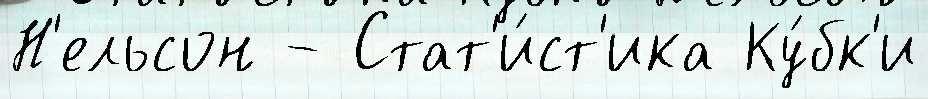
Н'ельсон - Стат'и́ст'ика Ку́бк'и